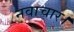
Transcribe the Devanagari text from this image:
नवाचार।